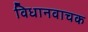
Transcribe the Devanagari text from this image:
विधानवाचक